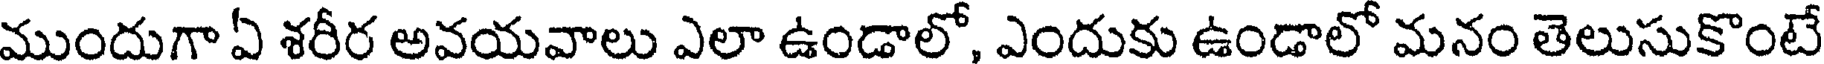
ముందుగా ఏ శరీర అవయవాలు ఎలా ఉండాలో, ఎందుకు ఉండాలో మనం తెలుసుకొంటే